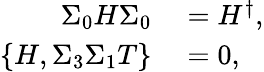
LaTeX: \begin{array}{rl}{\Sigma_{0}H\Sigma_{0}}&{{}=H^{\dagger},}\\ {\{ H,\Sigma_{3}\Sigma_{1}T\} }&{{}=0,}\end{array}